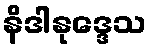
နိဒါနုဒ္ဒေသ